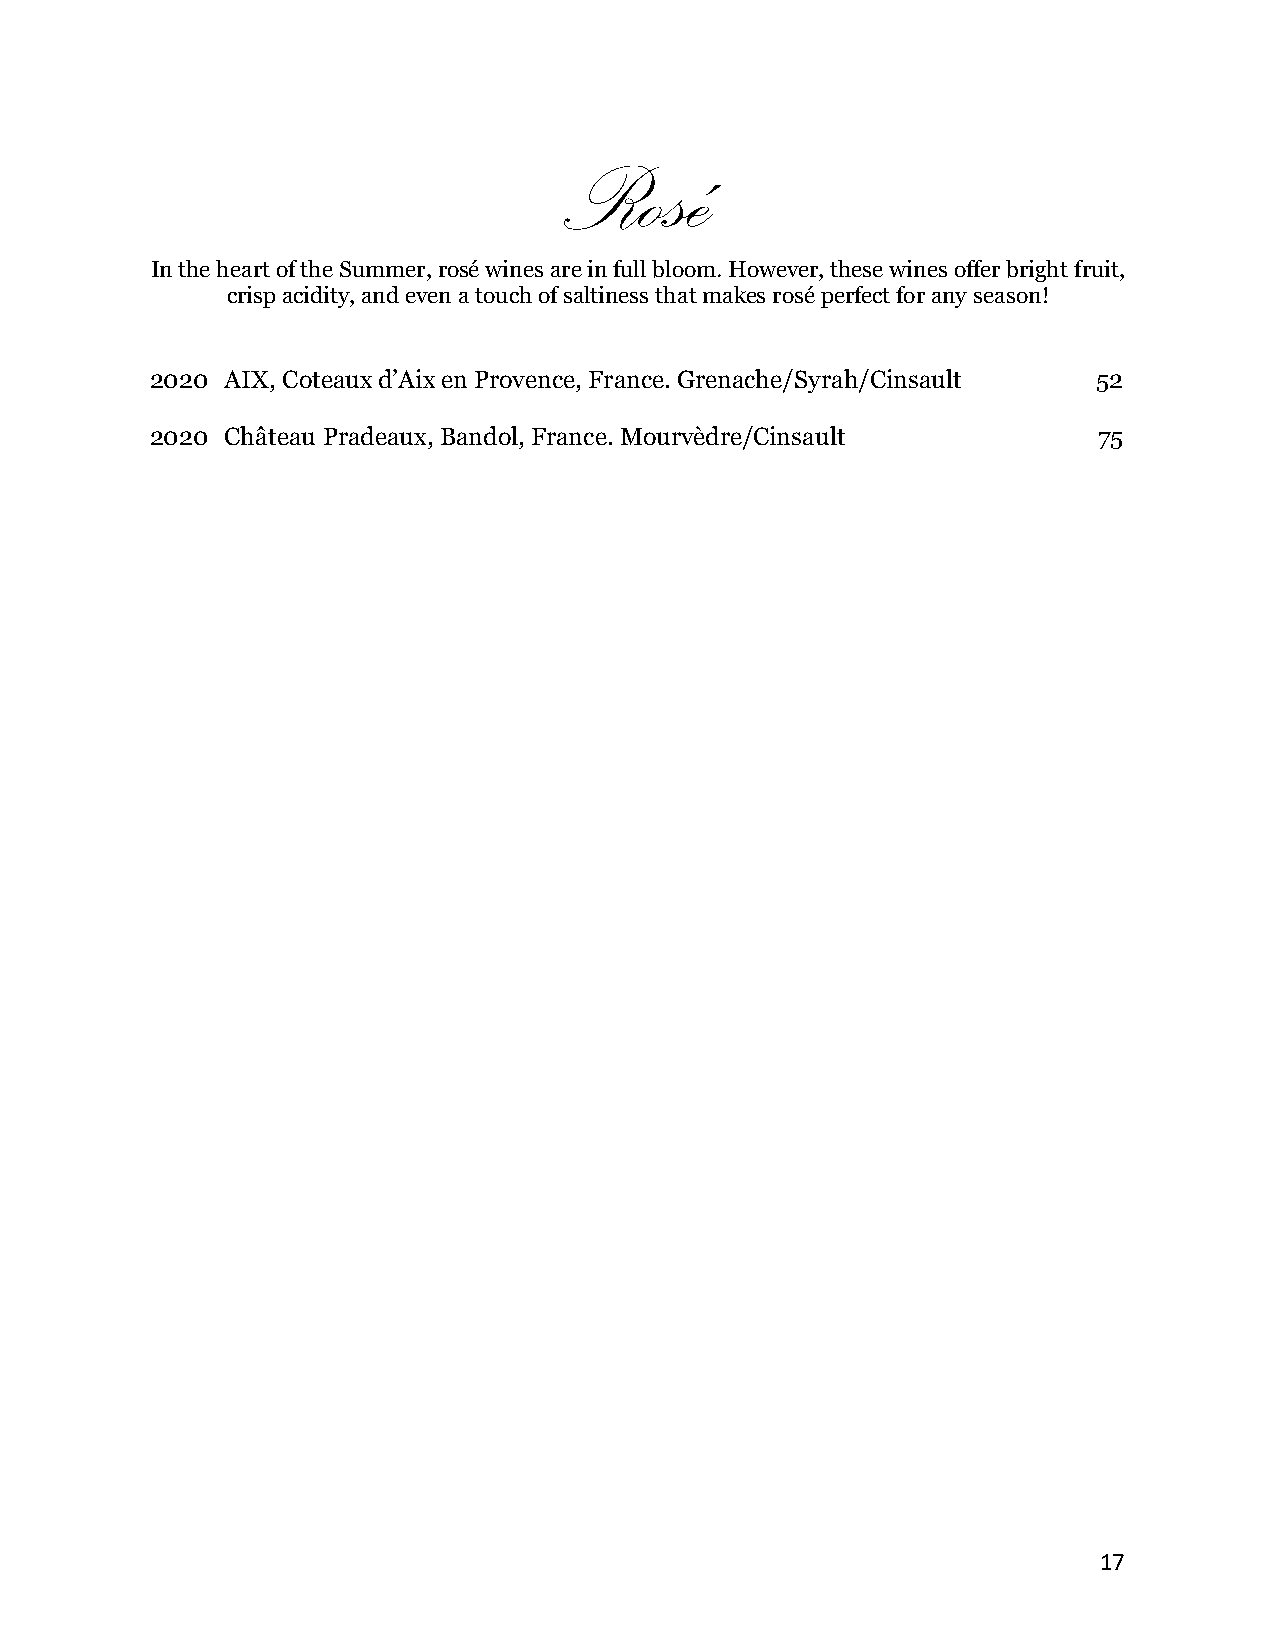
Rosé
 In the heart of the Summer, rosé wines are in full bloom. However, these wines offer bright fruit,
 crisp acidity, and even a touch of saltiness that makes rosé perfect for any season!
 2020 AIX, Coteaux d’Aix en Provence, France. Grenache/Syrah/Cinsault 52
 2020 Château Pradeaux, Bandol, France. Mourvèdre/Cinsault      75
 17